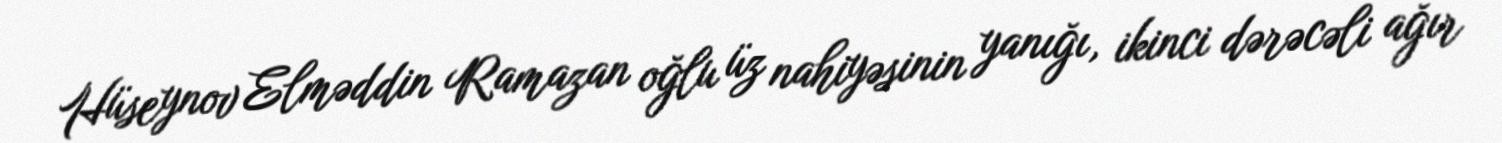
Hüseynov Elməddin Ramazan oğlu üz nahiyəsinin yanığı, ikinci dərəcəli ağır